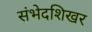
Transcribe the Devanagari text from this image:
संभेदशिखर